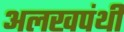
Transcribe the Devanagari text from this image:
अलखपंथी